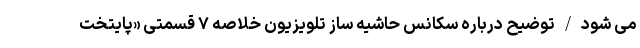
می شود/توضیح درباره سکانس حاشیه ساز تلویزیون خلاصه ۷ قسمتی «پایتخت